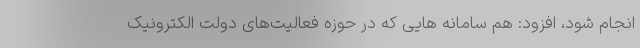
انجام شود، افزود: هم سامانه هایی که در حوزه فعالیت‌های دولت الکترونیک